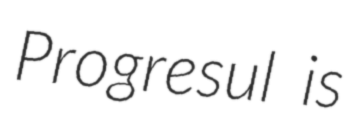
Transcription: Progresul is